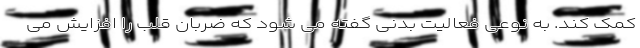
کمک کند. به نوعی فعالیت بدنی گفته می شود که ضربان قلب را افزایش می